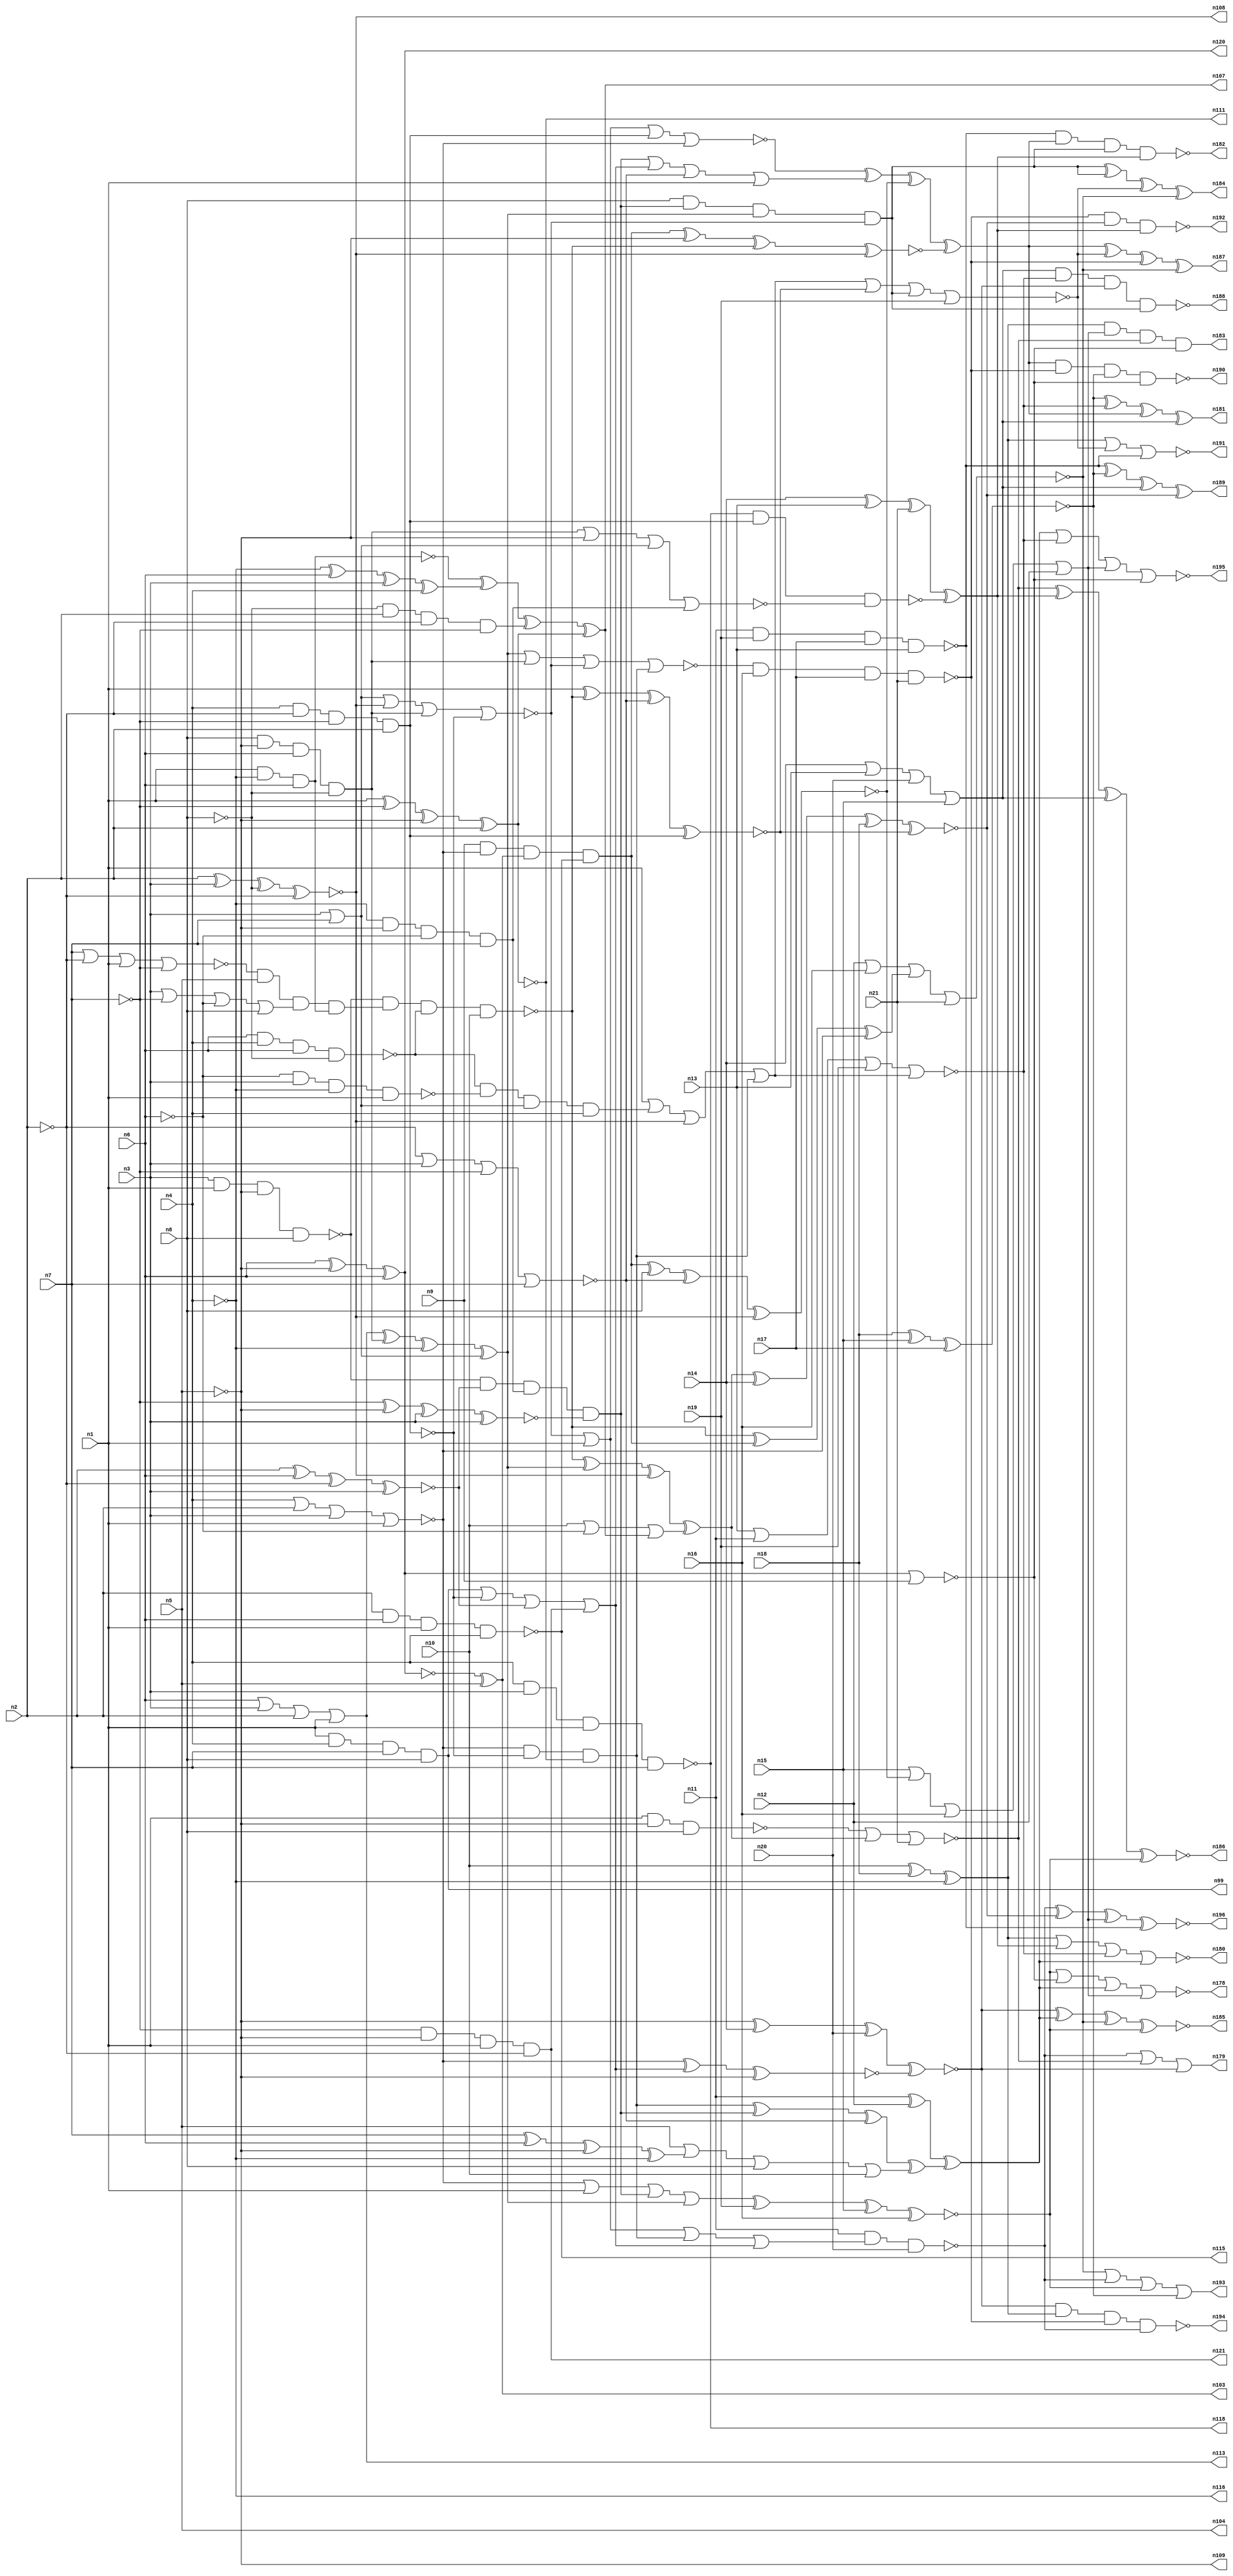
// Benchmark C:\Users\Lucas Nestor\Documents\osu\sp21\esl\circuit_generation\Stats\5_24_randomized_params\Stat_175_832 written by SynthGen on 2021/05/24 19:46:51
module Stat_175_832( n1, n2, n3, n4, n5, n6, n7, n8,
 n9, n10, n11, n12, n13, n14, n15, n16,
 n17, n18, n19, n20, n21,
 n99, n113, n104, n108, n121, n116, n115, n109,
 n111, n107, n103, n120, n118, n185, n178, n188,
 n189, n192, n196, n186, n194, n193, n195, n187,
 n182, n179, n183, n181, n180, n190, n191, n184);

input n1, n2, n3, n4, n5, n6, n7, n8,
 n9, n10, n11, n12, n13, n14, n15, n16,
 n17, n18, n19, n20, n21;

output n99, n113, n104, n108, n121, n116, n115, n109,
 n111, n107, n103, n120, n118, n185, n178, n188,
 n189, n192, n196, n186, n194, n193, n195, n187,
 n182, n179, n183, n181, n180, n190, n191, n184;

wire n22, n23, n24, n25, n26, n27, n28, n29,
 n30, n31, n32, n33, n34, n35, n36, n37,
 n38, n39, n40, n41, n42, n43, n44, n45,
 n46, n47, n48, n49, n50, n51, n52, n53,
 n54, n55, n56, n57, n58, n59, n60, n61,
 n62, n63, n64, n65, n66, n67, n68, n69,
 n70, n71, n72, n73, n74, n75, n76, n77,
 n78, n79, n80, n81, n82, n83, n84, n85,
 n86, n87, n88, n89, n90, n91, n92, n93,
 n94, n95, n96, n97, n98, n100, n101, n102,
 n105, n106, n110, n112, n114, n117, n119, n122,
 n123, n124, n125, n126, n127, n128, n129, n130,
 n131, n132, n133, n134, n135, n136, n137, n138,
 n139, n140, n141, n142, n143, n144, n145, n146,
 n147, n148, n149, n150, n151, n152, n153, n154,
 n155, n156, n157, n158, n159, n160, n161, n162,
 n163, n164, n165, n166, n167, n168, n169, n170,
 n171, n172, n173, n174, n175, n176, n177;

buf  g0 (n47, n1);
buf  g1 (n34, n2);
not  g2 (n40, n2);
buf  g3 (n26, n3);
buf  g4 (n43, n3);
buf  g5 (n46, n1);
not  g6 (n32, n7);
buf  g7 (n35, n7);
not  g8 (n28, n5);
not  g9 (n42, n7);
buf  g10 (n50, n1);
buf  g11 (n45, n8);
buf  g12 (n25, n1);
buf  g13 (n23, n4);
buf  g14 (n30, n4);
buf  g15 (n38, n6);
buf  g16 (n44, n3);
buf  g17 (n27, n6);
buf  g18 (n36, n3);
buf  g19 (n41, n2);
not  g20 (n48, n4);
not  g21 (n37, n2);
not  g22 (n33, n5);
buf  g23 (n49, n5);
not  g24 (n51, n5);
buf  g25 (n31, n6);
not  g26 (n22, n4);
buf  g27 (n39, n7);
not  g28 (n29, n8);
not  g29 (n24, n6);
buf  g30 (n71, n24);
not  g31 (n57, n22);
nor  g32 (n55, n44, n42, n24, n45);
xnor g33 (n74, n34, n38, n37, n43);
and  g34 (n65, n46, n23, n39, n45);
and  g35 (n53, n24, n26, n22, n25);
nand g36 (n63, n30, n36, n46, n35);
nor  g37 (n76, n23, n41, n43, n25);
nand g38 (n75, n31, n23, n38, n29);
nand g39 (n68, n47, n25, n22, n27);
xnor g40 (n56, n32, n33, n44, n36);
or   g41 (n77, n26, n43, n35);
and  g42 (n72, n48, n28, n24, n39);
nor  g43 (n58, n39, n40, n47, n42);
nand g44 (n79, n30, n37, n42, n41);
and  g45 (n78, n45, n33, n38, n29);
xor  g46 (n52, n30, n26, n40, n36);
xnor g47 (n64, n48, n31, n36, n30);
or   g48 (n59, n38, n43, n41, n46);
xor  g49 (n54, n39, n31, n28, n22);
nand g50 (n61, n34, n27, n47, n23);
xnor g51 (n67, n47, n32, n33, n41);
nand g52 (n73, n44, n46, n28, n45);
xor  g53 (n70, n34, n44, n29, n37);
xor  g54 (n69, n31, n33, n27);
and  g55 (n60, n29, n34, n40, n32);
and  g56 (n66, n32, n28, n25, n37);
or   g57 (n62, n40, n26, n42, n35);
not  g58 (n84, n69);
buf  g59 (n99, n65);
not  g60 (n80, n52);
buf  g61 (n101, n67);
not  g62 (n90, n66);
not  g63 (n91, n64);
buf  g64 (n92, n59);
buf  g65 (n83, n68);
buf  g66 (n93, n60);
not  g67 (n85, n63);
not  g68 (n81, n69);
not  g69 (n86, n55);
not  g70 (n87, n67);
buf  g71 (n89, n56);
buf  g72 (n96, n62);
not  g73 (n95, n61);
buf  g74 (n97, n57);
buf  g75 (n98, n70);
buf  g76 (n100, n54);
not  g77 (n82, n53);
not  g78 (n88, n68);
buf  g79 (n94, n58);
not  g80 (n109, n49);
buf  g81 (n104, n49);
not  g82 (n121, n90);
not  g83 (n102, n96);
buf  g84 (n105, n89);
buf  g85 (n111, n101);
buf  g86 (n112, n100);
buf  g87 (n116, n48);
buf  g88 (n113, n92);
buf  g89 (n114, n99);
not  g90 (n115, n95);
not  g91 (n106, n50);
not  g92 (n110, n48);
buf  g93 (n119, n82);
not  g94 (n118, n85);
not  g95 (n120, n81);
not  g96 (n108, n98);
not  g97 (n122, n97);
xor  g98 (n103, n84, n49);
xor  g99 (n107, n83, n91, n93, n87);
and  g100 (n117, n94, n49, n86, n88);
not  g101 (n138, n70);
buf  g102 (n140, n8);
buf  g103 (n139, n102);
not  g104 (n135, n79);
buf  g105 (n123, n78);
not  g106 (n132, n106);
buf  g107 (n128, n118);
buf  g108 (n131, n76);
nor  g109 (n126, n78, n109, n77, n72);
or   g110 (n125, n10, n71, n107);
or   g111 (n127, n104, n112, n8, n10);
nor  g112 (n142, n120, n9);
nand g113 (n134, n73, n117, n75, n10);
xor  g114 (n130, n113, n78, n116, n77);
and  g115 (n133, n9, n76, n103, n115);
and  g116 (n141, n76, n76, n79, n111);
or   g117 (n129, n114, n79, n74, n121);
nor  g118 (n136, n77, n108, n78, n79);
and  g119 (n137, n73, n74, n72, n105);
and  g120 (n124, n75, n119, n77, n110);
buf  g121 (n144, n51);
nand g122 (n151, n50, n51, n140);
nor  g123 (n149, n136, n132, n135, n131);
and  g124 (n157, n140, n137, n130, n136);
xnor g125 (n148, n133, n51, n134, n138);
or   g126 (n153, n131, n132, n137, n130);
xnor g127 (n154, n131, n129, n51);
xnor g128 (n156, n50, n134, n139, n135);
xor  g129 (n145, n141, n137, n139, n127);
xor  g130 (n159, n134, n130, n138, n125);
or   g131 (n143, n137, n129, n139, n132);
xor  g132 (n152, n134, n133, n131);
nor  g133 (n146, n130, n123, n136, n141);
or   g134 (n155, n132, n124, n138, n141);
nand g135 (n147, n128, n135, n126);
or   g136 (n150, n136, n50, n141, n129);
xnor g137 (n158, n133, n140, n139, n138);
buf  g138 (n161, n157);
nor  g139 (n164, n151, n159, n21);
xnor g140 (n176, n18, n15, n17);
nand g141 (n173, n11, n150, n20);
xor  g142 (n177, n149, n143, n158, n148);
nor  g143 (n166, n155, n156, n157, n19);
nor  g144 (n165, n13, n11, n19, n155);
xor  g145 (n167, n14, n13, n21, n147);
xor  g146 (n170, n11, n12, n145);
or   g147 (n171, n14, n13, n20, n15);
xnor g148 (n174, n153, n19, n15, n16);
xnor g149 (n160, n159, n14, n18, n156);
nor  g150 (n169, n12, n16, n152, n21);
or   g151 (n172, n15, n158, n16, n12);
nand g152 (n175, n11, n19, n17, n13);
nand g153 (n163, n146, n16, n17, n21);
xor  g154 (n162, n10, n18, n122);
xnor g155 (n168, n144, n14, n20, n154);
nor  g156 (n180, n162, n167, n165, n170);
xor  g157 (n187, n177, n166, n163, n169);
or   g158 (n193, n169, n173, n174, n176);
and  g159 (n183, n162, n172, n164, n142);
xnor g160 (n186, n164, n167, n171, n174);
nor  g161 (n191, n162, n166, n175);
xor  g162 (n181, n176, n165, n177, n171);
nand g163 (n192, n163, n160, n167);
xor  g164 (n189, n175, n176, n171, n160);
nor  g165 (n195, n170, n165, n172, n142);
nor  g166 (n178, n174, n142, n170, n172);
nand g167 (n188, n171, n165, n168, n161);
xnor g168 (n196, n173, n160, n172, n175);
xnor g169 (n185, n168, n170, n169, n174);
or   g170 (n179, n173, n164, n168);
nand g171 (n182, n175, n177, n161, n167);
nand g172 (n194, n168, n162, n163, n173);
xor  g173 (n184, n161, n161, n166, n169);
nand g174 (n190, n177, n163, n176, n142);
endmodule